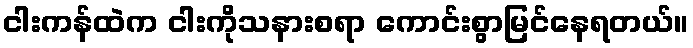
ငါးကန်ထဲက ငါးကိုသနားစရာ ကောင်းစွာမြင်နေရတယ်။